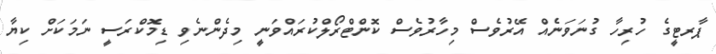
ޕާރޓީގެ ހުރިހާ ގުނަވަނެއް އޭރުވެސް މިހާރުވެސް ކޮންޓްރޯލްކުރައްވަނީ މިދެންނެވި ޑިމޮކްރަސީ ނަމަކަށް ކިޔާ